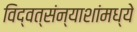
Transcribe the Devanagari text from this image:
विद्वत्संन्याशांमध्ये